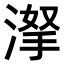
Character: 𣸏